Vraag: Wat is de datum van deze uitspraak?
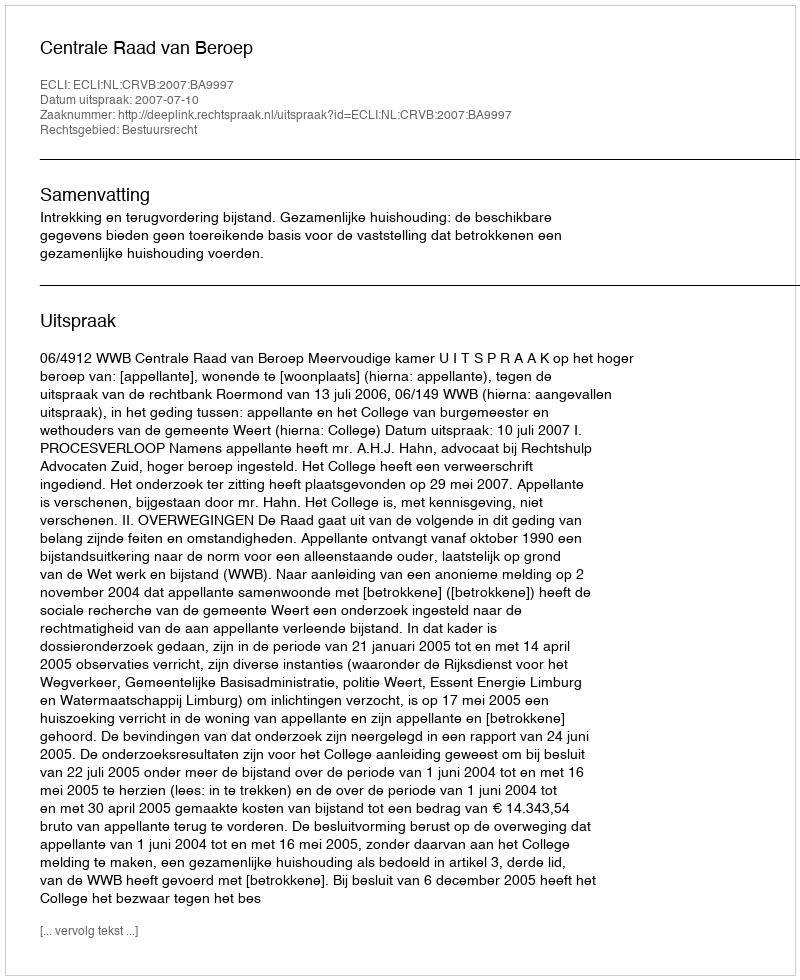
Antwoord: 2007-07-10